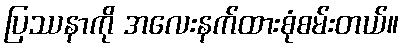
ပြဿနာကို အလေးနက်ထားစုံစမ်းတယ်။